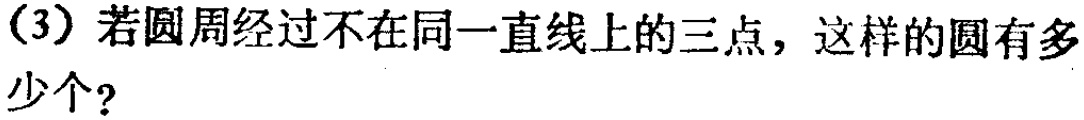
(3) 若圆周经过不在同一直线上的三点，这样的圆有多少个？